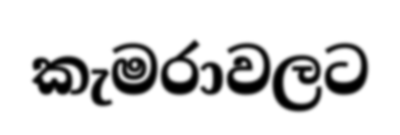
කැමරාවලට